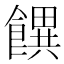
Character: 𩞫